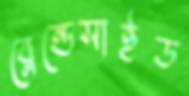
ব্লেন্ডেসাইড